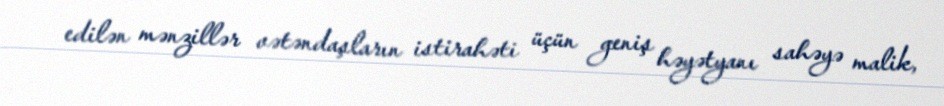
edilən mənzillər vətəndaşların istirahəti üçün geniş həyətyanı sahəyə malik,